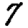
Digit: 7